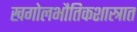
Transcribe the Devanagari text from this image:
खगोलभौतिकशास्त्रात